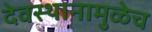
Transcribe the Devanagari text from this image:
देवस्थानामुळेच